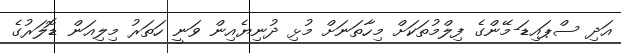
އަދި ސްޕައިޑަ-މޭންގެ ފިލްމުތަކަށް މިހާތަނަށް މުޅި ދުނިޔެއިން ވަނީ ހަތަރު މިލިއަން ޑޮލަރުގެ